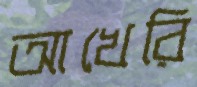
আখেরি